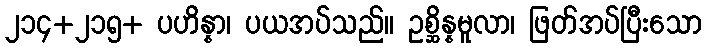
၂၁၄+၂၁၅+ ပဟိန္နာ၊ ပယအပ်သည်။ ဥစ္ဆိန္နမူလာ၊ ဖြတ်အပ်ပြီးသော